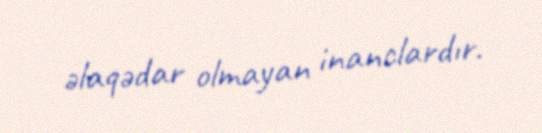
əlaqədar olmayan inanclardır.